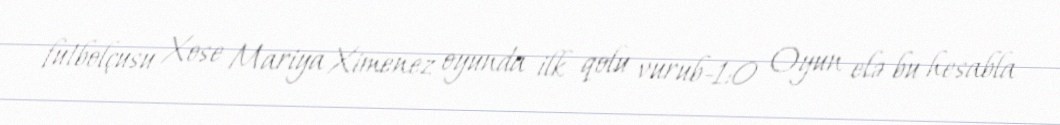
futbolçusu Xose Mariya Ximenez oyunda ilk qolu vurub-1:0 Oyun elə bu hesabla